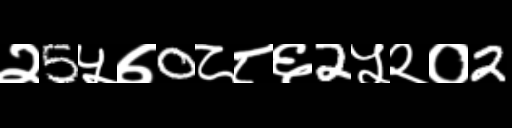
Text: २5५७0८८६2५२०2